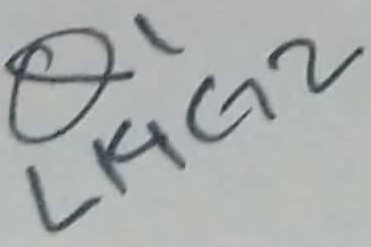
Text: Q1 LI4G2